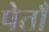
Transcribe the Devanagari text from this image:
पेताँ